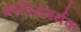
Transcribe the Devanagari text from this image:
क्रांतिसमर्थक